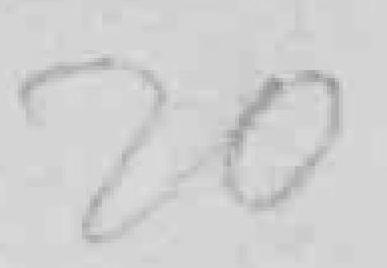
20